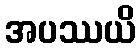
အပဿယိ